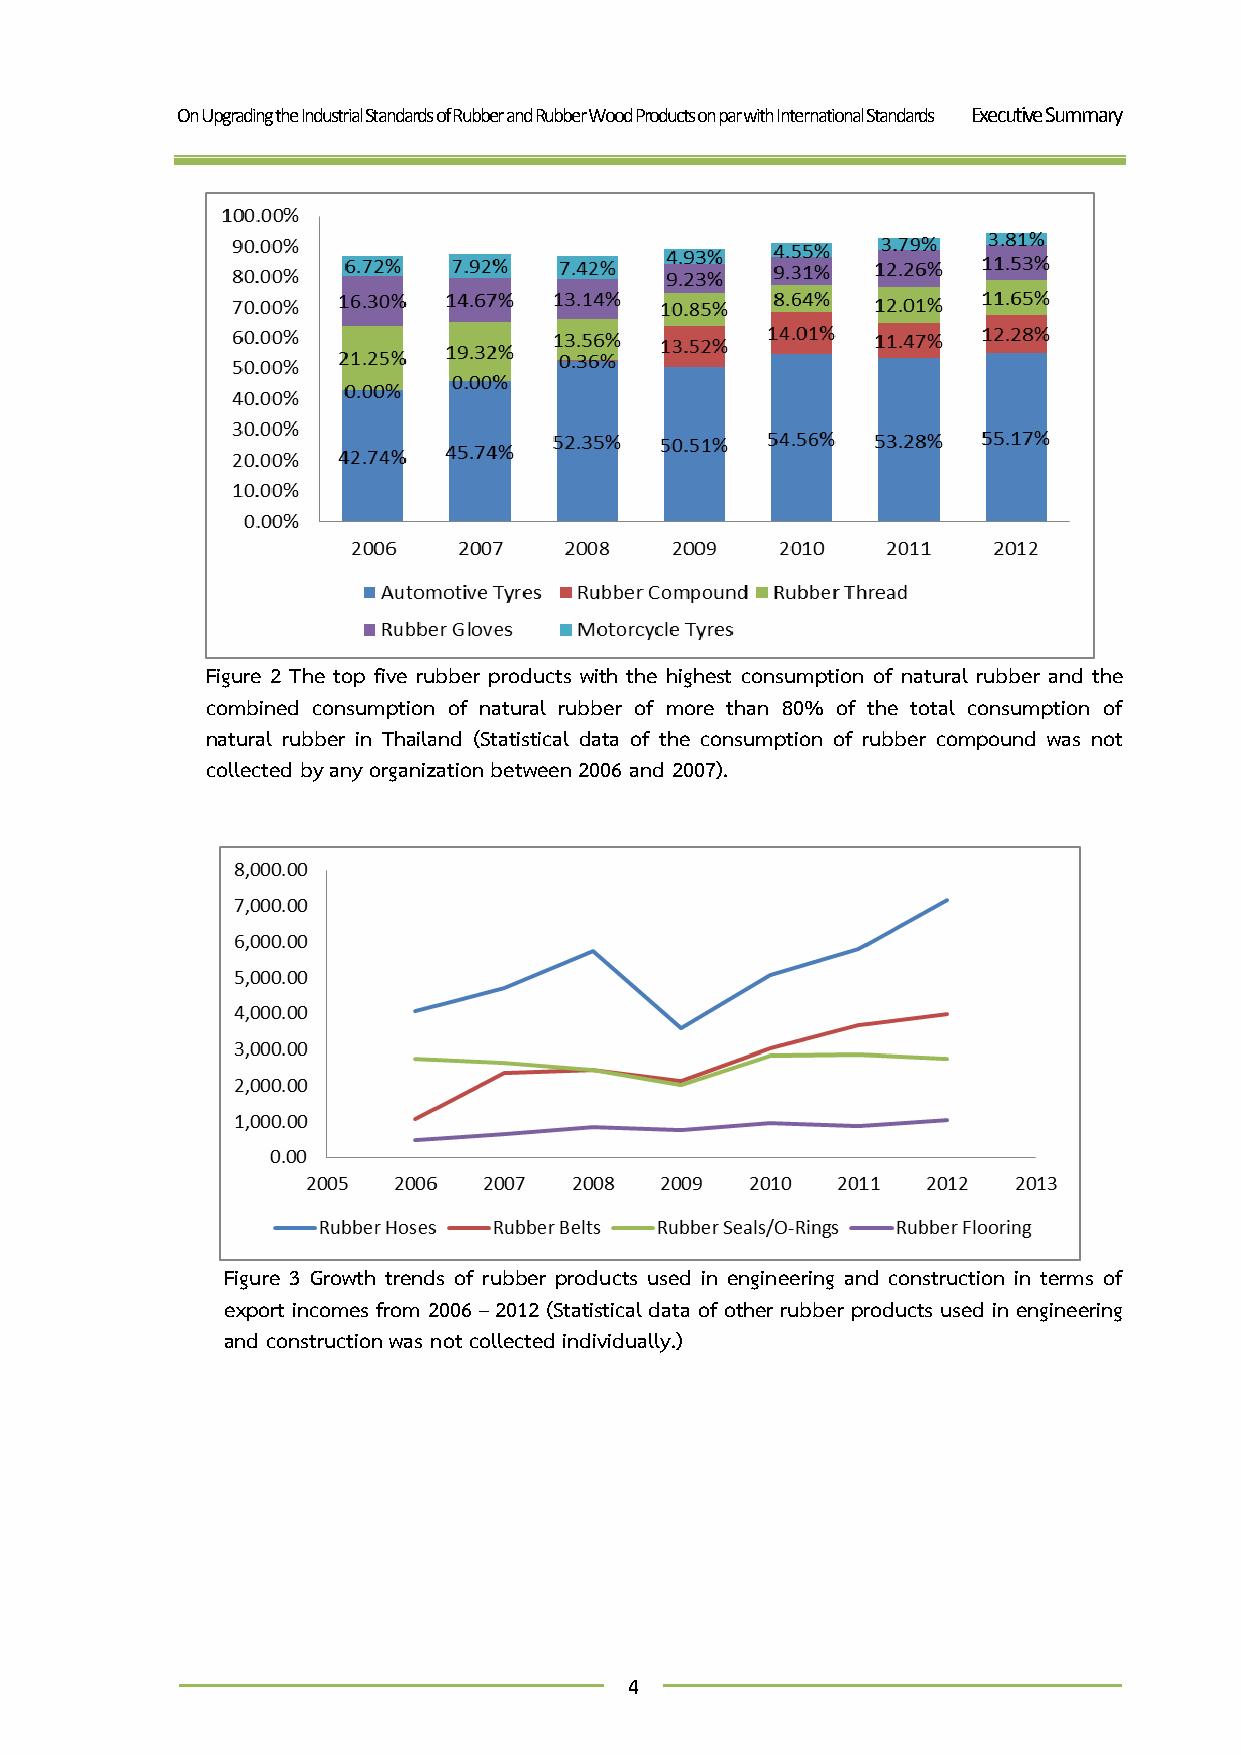
On Upgrading the Industrial Standards of Rubber and Rubber Wood Products on par with International Standards Executive Summary
 Figure 2 The top five rubber products with the highest consumption of natural rubber and the
 combined consumption of natural rubber of more than 80% of the total consumption of
 natural rubber in Thailand (Statistical data of the consumption of rubber compound was not
 collected by any organization between 2006 and 2007).
 Figure 3 Growth trends of rubber products used in engineering and construction in terms of
 export incomes from 2006 – 2012 (Statistical data of other rubber products used in engineering
 and construction was not collected individually.)
 4